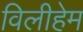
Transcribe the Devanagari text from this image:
विलीहेम